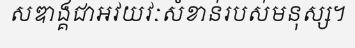
សឌាង្គជាអវយវៈសំខាន់របស់មនុស្ស។